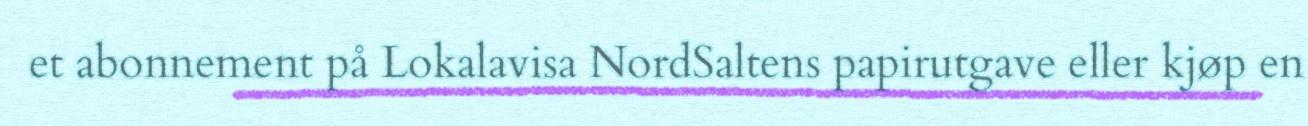
et abonnement på Lokalavisa NordSaltens papirutgave eller kjøp en